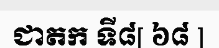
ជាតក ទី៨[ ៦៨ ]